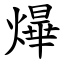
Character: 㷸